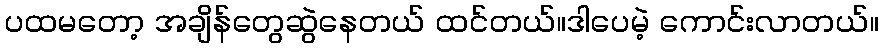
ပထမတော့ အချိန်တွေဆွဲနေတယ် ထင်တယ်။ဒါပေမဲ့ ကောင်းလာတယ်။